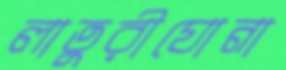
লাতুরীঘোনা